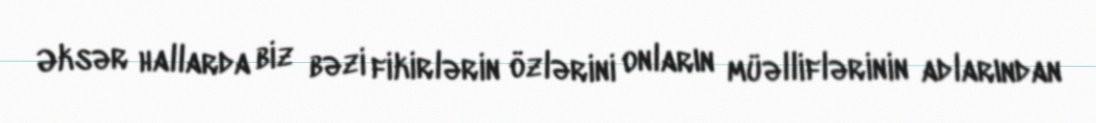
Əksər hallarda biz bəzi fikirlərin özlərini onların müəlliflərinin adlarından